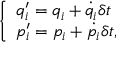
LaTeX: \left\{ \begin{array} { l l } { q _ { i } ^ { \prime } = q _ { i } + { \dot { q _ { i } } } \delta t } \\ { p _ { i } ^ { \prime } = p _ { i } + { \dot { p _ { i } } } \delta t , } \end{array} \right.